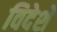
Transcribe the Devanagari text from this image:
विदेशें